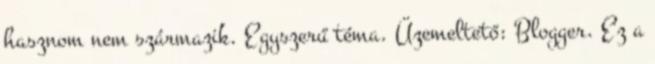
hasznom nem származik. Egyszerű téma. Üzemeltető: Blogger. Ez a